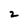
Character: 2